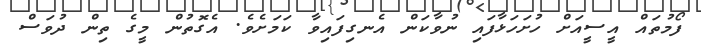
ފޯމުތައް އީސީއަށް ހުށަހަޅާފައި ނުވާކަން އެނގިފައިވާ ކަމަށެވެ. އެގޮތުން މީގެ ތިން ދުވަސް